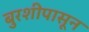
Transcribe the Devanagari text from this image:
बुरशीपासून